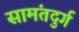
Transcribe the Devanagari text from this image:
सामंतदुर्ग